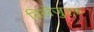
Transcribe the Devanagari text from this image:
विलेजुइफ़